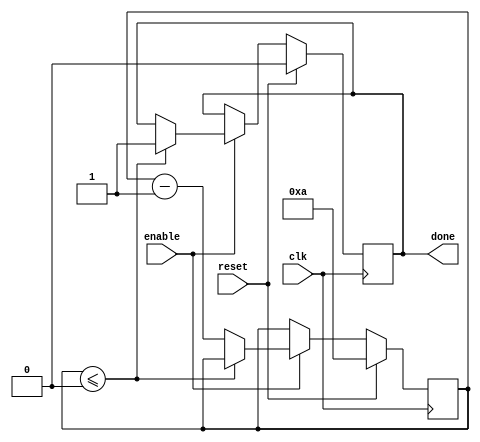
module decremental_for_loop (
  input wire reset,
  input wire clk,
  input wire enable,
  output reg done
);

reg [7:0] counter;
parameter initial_value = 10;
parameter end_value = 0;
parameter decrement_amount = 1;

always @(posedge clk) begin
  if (reset) begin
    counter <= initial_value;
    done <= 0;
  end else if (enable) begin
    if (counter <= end_value) begin
      done <= 1;
    end else begin
      // Loop body functionality here

      counter <= counter - decrement_amount;
    end
  end
end

endmodule